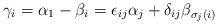
LaTeX: \begin{align*} \gamma_i=\alpha_1-\beta_i=\epsilon_{ij} \alpha_j +\delta_{ij} \beta_{\sigma_j(i)} \end{align*}